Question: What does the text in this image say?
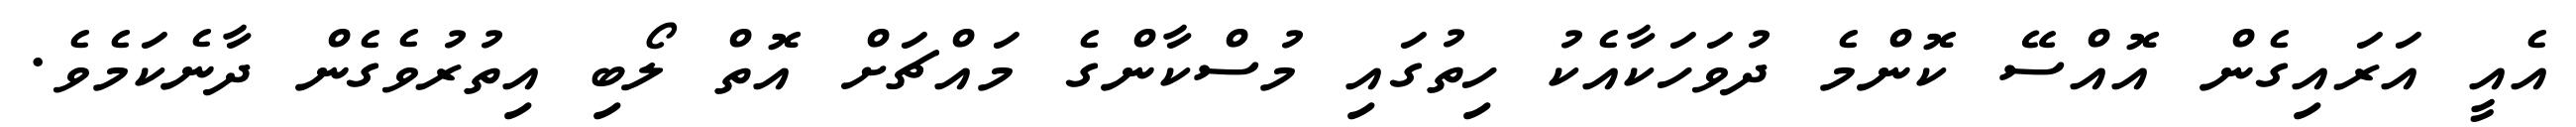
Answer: އެއީ އަރައިގެން އޮއްސޭ ކޮންމެ ދުވަހަކާއެކު ހިތުގައި މުސްކާންގެ މައްޗަށް އޮތް ލޯބި އިތުރުވެގެން ދާނެކަމެވެ.